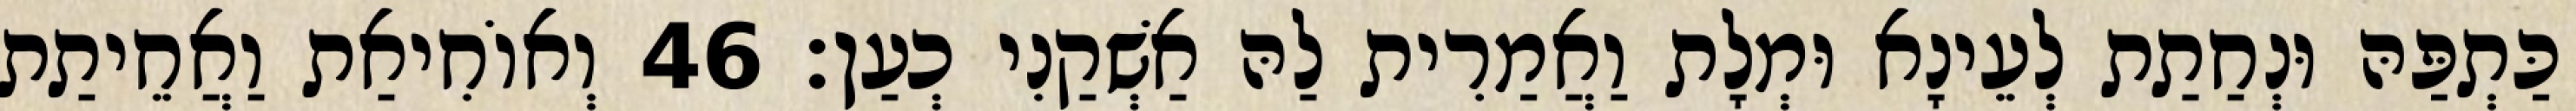
כַּתְפַּהּ וּנְחַתַת לְעֵינָא וּמְלָת וַאֲמַרִית לַהּ אַשְׁקַנִי כְעַן׃ 46 וְאוֹחִיאַת וַאֲחֵיתַת